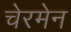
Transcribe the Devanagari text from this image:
चेरमेन